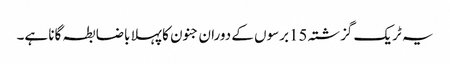
یہ ٹریک گزشتہ 15برسوں کے دوران جنون کا پہلا باضابطہ گانا ہے۔